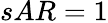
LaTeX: sAR=1